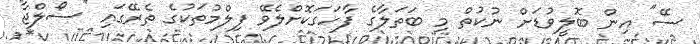
ސޭ'' އިން ބޮލީވުޑަށް ނުކުތް މި ބަތަލާގެ ފާހަގަކޮށްލެވޭ ފިލްމުތަކުގެ ތެރޭގައި ''ސޯލްޖާ''